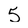
Character: 5